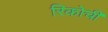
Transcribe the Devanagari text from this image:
रिकोची